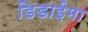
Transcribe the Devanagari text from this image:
डिडाईमा